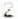
2